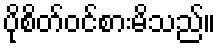
ပိုစိတ်ဝင်စားမိသည်။